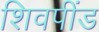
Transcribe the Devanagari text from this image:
शिवपींड